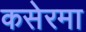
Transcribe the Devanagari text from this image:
कसेरमा